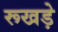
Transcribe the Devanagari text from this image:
रूखड़े